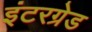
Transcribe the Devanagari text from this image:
इंटरग्रेड